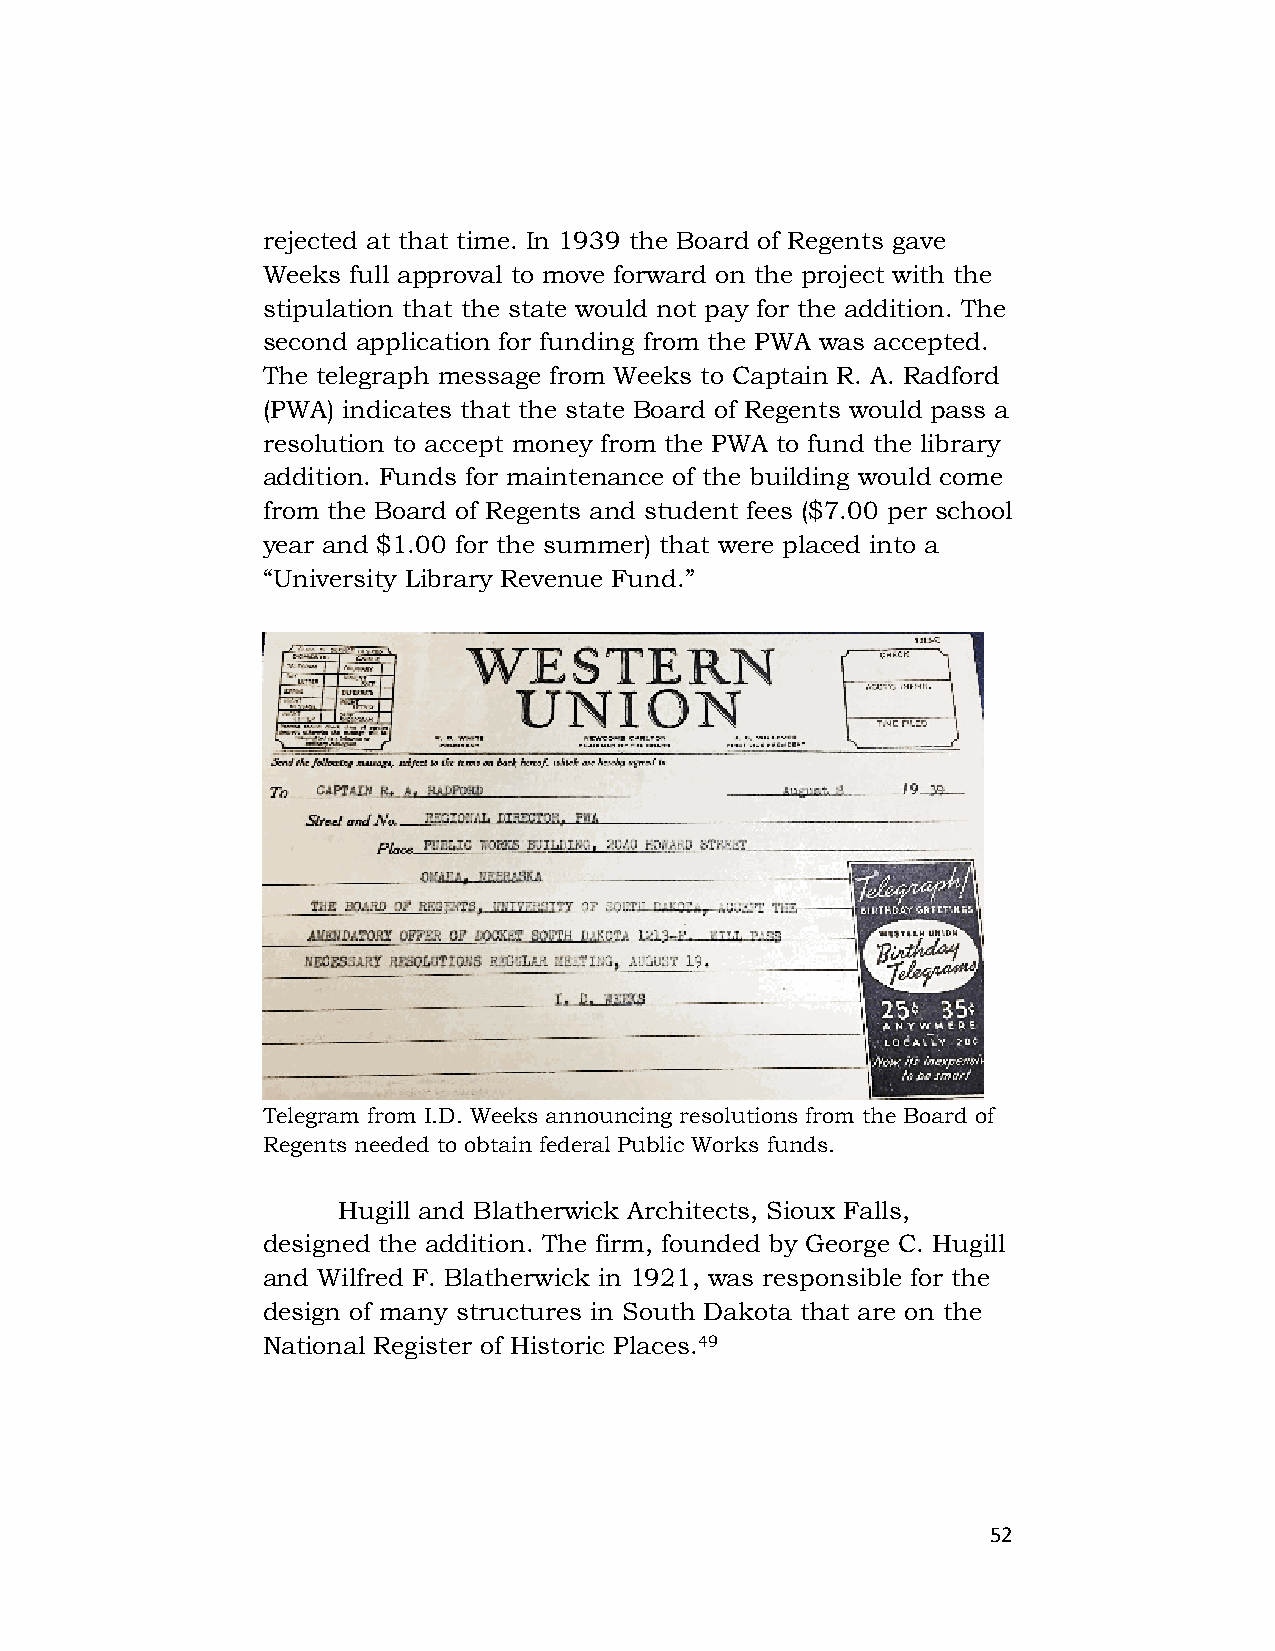
rejected at that time. In 1939 the Board of Regents gave
 Weeks full approval to move forward on the project with the
 stipulation that the state would not pay for the addition. The
 second application for funding from the PWA was accepted.
 The telegraph message from Weeks to Captain R. A. Radford
 (PWA) indicates that the state Board of Regents would pass a
 resolution to accept money from the PWA to fund the library
 addition. Funds for maintenance of the building would come
 from the Board of Regents and student fees ($7.00 per school
 year and $1.00 for the summer) that were placed into a
 “University Library Revenue Fund.”
 Telegram from I.D. Weeks announcing resolutions from the Board of
 Regents needed to obtain federal Public Works funds.
 Hugill and Blatherwick Architects, Sioux Falls,
 designed the addition. The firm, founded by George C. Hugill
 and Wilfred F. Blatherwick in 1921, was responsible for the
 design of many structures in South Dakota that are on the
 National Register of Historic Places.49
 52